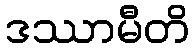
ဒဿာမီတိ